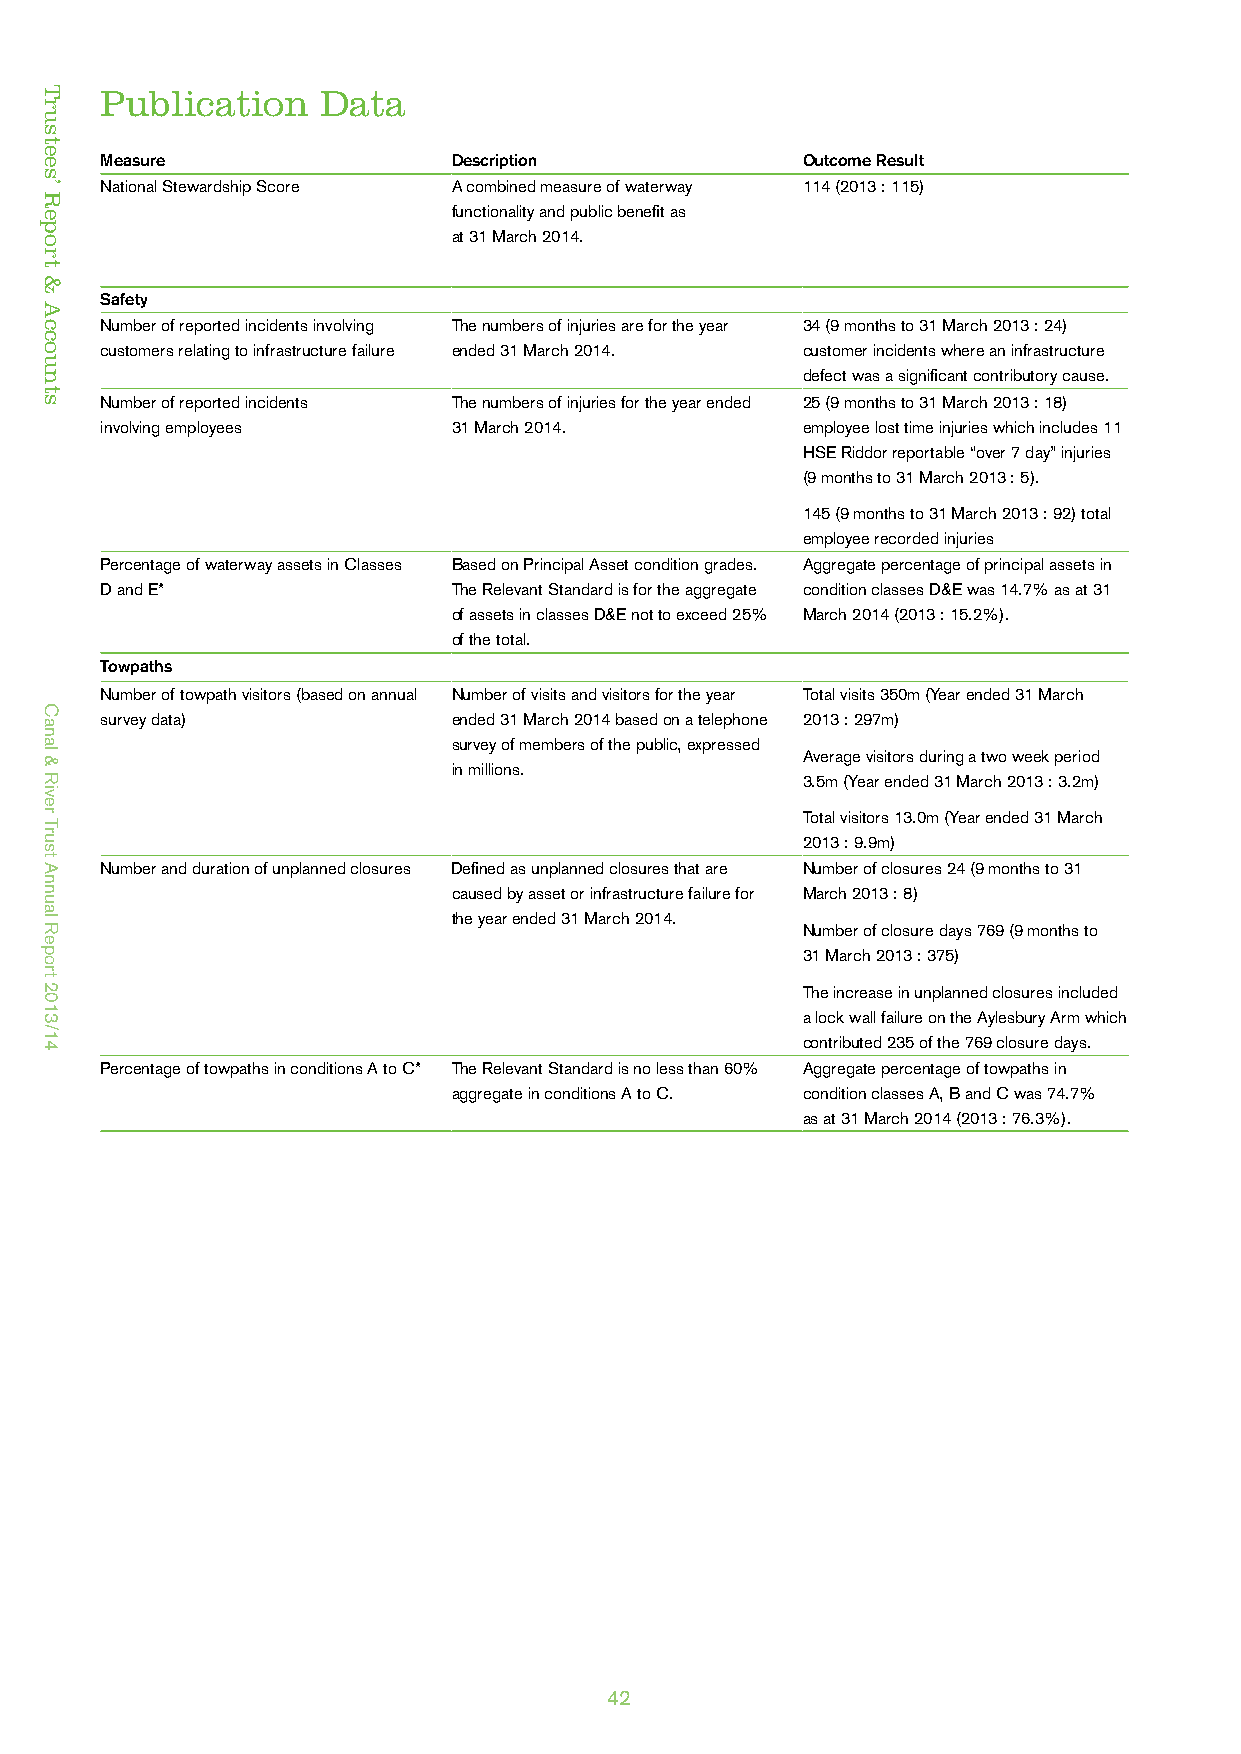
Publication   Data
 Measure                Description            Outcome Result
 National Stewardship Score A combined measure of waterway 114 (2013 : 115)
 functionality and public benefit as
 at 31 March 2014.
 Safety
 Number of reported incidents involving The numbers of injuries are for the year 34 (9 months to 31 March 2013 : 24)
 customers relating to infrastructure failure ended 31 March 2014. customer incidents where an infrastructure
 defect was a significant contributory cause.
 Number of reported incidents The numbers of injuries for the year ended 25 (9 months to 31 March 2013 : 18)
 involving employees    31 March 2014.         employee lost time injuries which includes 11
 HSE Riddor reportable “over 7 day” injuries
 (9 months to 31 March 2013 : 5).
 145 (9 months to 31 March 2013 : 92) total
 employee recorded injuries
 Percentage of waterway assets in Classes Based on Principal Asset condition grades. Aggregate percentage of principal assets in
 D and E*               The Relevant Standard is for the aggregate condition classes D&E was 14.7% as at 31
 of assets in classes D&E not to exceed 25% March 2014 (2013 : 15.2%).
 of the total.
 Towpaths
 Number of towpath visitors (based on annual Number of visits and visitors for the year Total visits 350m (Year ended 31 March
 survey data)           ended 31 March 2014 based on a telephone 2013 : 297m)
 survey of members of the public, expressed
 Average visitors during a two week period
 in millions.
 3.5m (Year ended 31 March 2013 : 3.2m)
 Total visitors 13.0m (Year ended 31 March
 2013 : 9.9m)
 Number and duration of unplanned closures Defined as unplanned closures that are Number of closures 24 (9 months to 31
 caused by asset or infrastructure failure for March 2013 : 8)
 the year ended 31 March 2014.
 Number of closure days 769 (9 months to
 31 March 2013 : 375)
 The increase in unplanned closures included
 a lock wall failure on the Aylesbury Arm which
 contributed 235 of the 769 closure days.
 Percentage of towpaths in conditions A to C* The Relevant Standard is no less than 60% Aggregate percentage of towpaths in
 aggregate in conditions A to C. condition classes A, B and C was 74.7%
 as at 31 March 2014 (2013 : 76.3%).
 42
 Trustees’
 Report
 &
 Accounts
 Canal
 &
 River
 Trust
 Annual
 Report
 2013/14